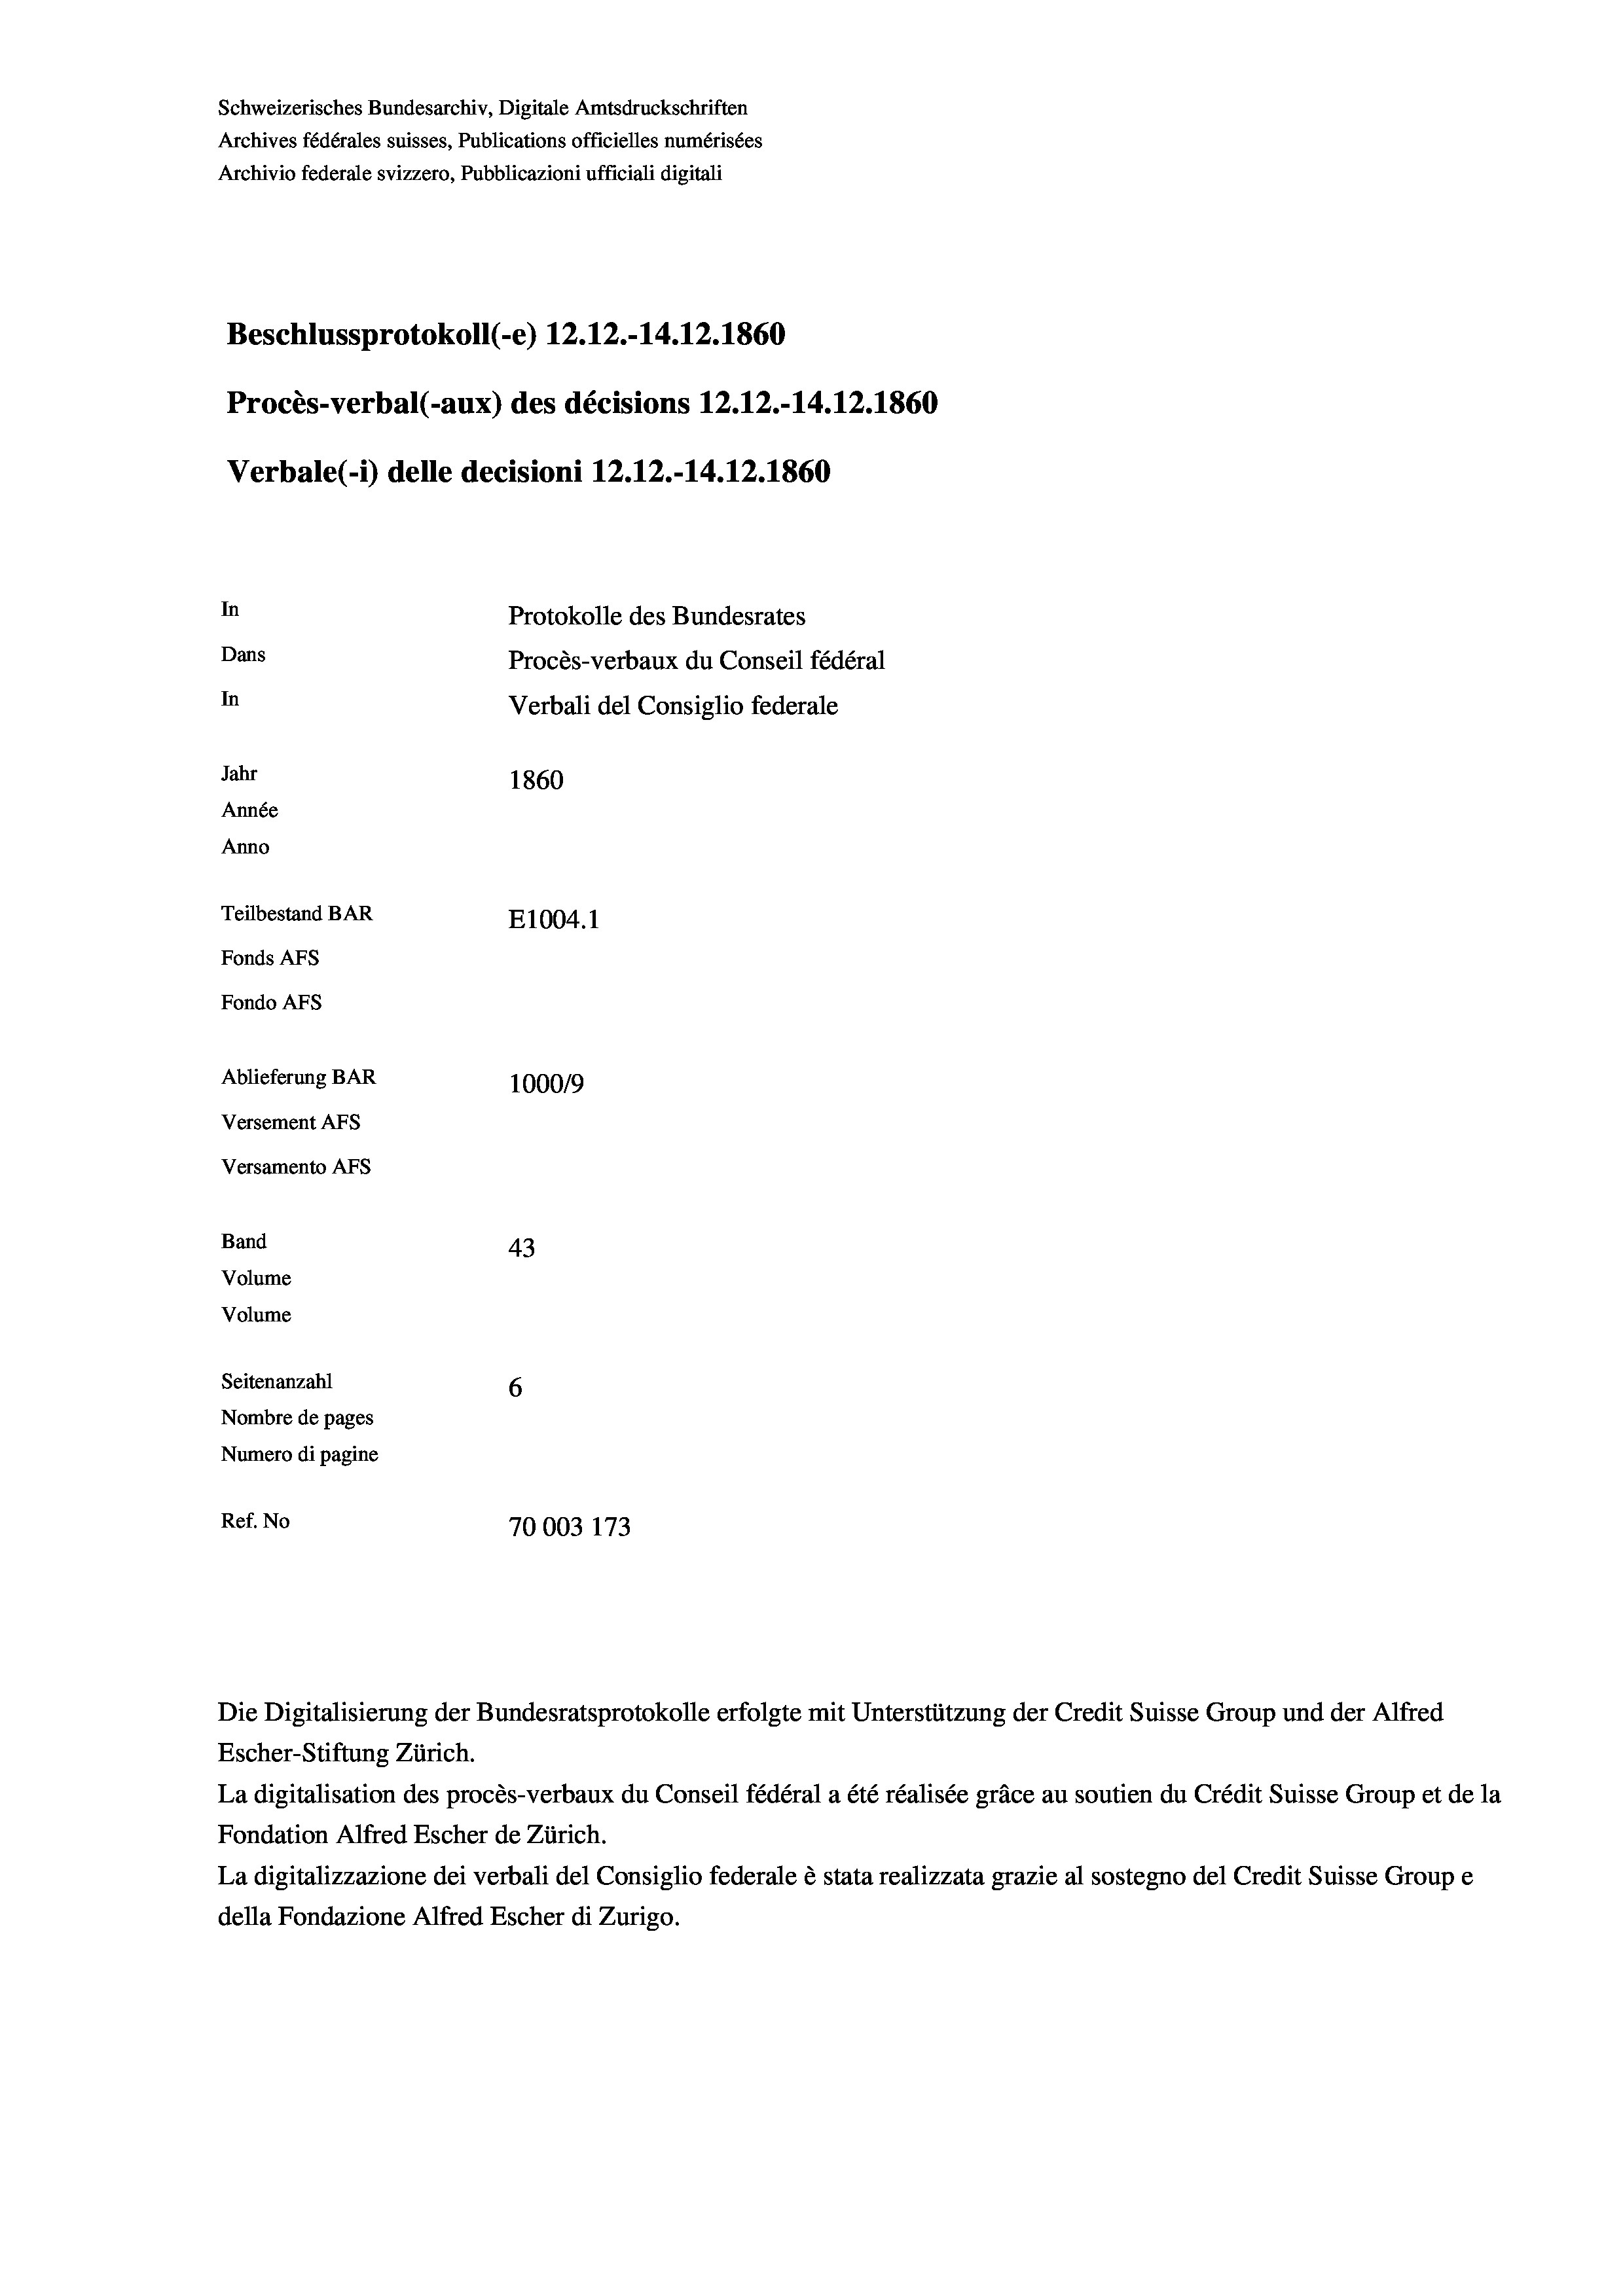
Schweizerisches Bundesarchiv, Digitale Amtsdruckschriften
Archives fédérales suisses, Publications officielles numérisées
Archivio federale svizzero, Pubblicazioni ufficiali digitali
Beschlussprotokoll (-e) 12.12.-14.12.1860
Procès-verbal (-aux) des décisions 12.12.-14.12.1860
Verbale (i) delle decisioni 12.12.-14.12.1860
In
Protokolle des Bundesrates
Dans
Procès-verbaux du Conseil fédéral
In
Verbali del Consiglio federale
Jahr
1860
Année
Anno
Teilbestand BAR
E1004. 1
Fonds AFs
Fondo AFs

Ablieferung BAR
Versement AFs
Versamento Afs
Band
Volume
Volume

43
Seitenanzahl
6
Nombre de pages
Numero di pagine
Ref. No
70003 173

100019

Die Digitalisierung der Bundesratsprotokolle erfolgte mit Unterstützung der Credit Suisse Group und der Alfred
Escher-Stiftung Zürich.
La digitalisation des procès-verbaux du Conseil fédéral a été réalisée gräce au soutien du Crédit Suisse Group et de la
Fondation Alfred Escher de Zürich.
La digitalizzazione dei verbali del Consiglio federale è stata realizzata grazie al sostegno del Credit Suisse Groupe
della Fondazione Alfred Escher di Zurigo.